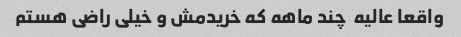
واقعا عالیه  چند ماهه که خریدمش و خیلی راضی هستم